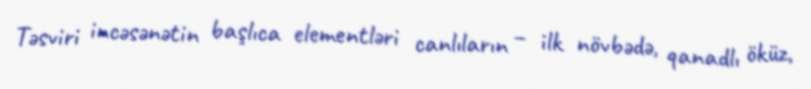
Təsviri incəsənətin başlıca elementləri canlıların – ilk növbədə, qanadlı öküz,